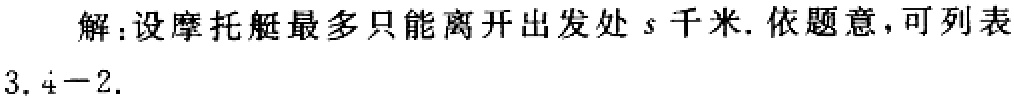
解：设摩托艇最多只能离开出发处\(s\)千米. 依题意，可列表
\(3.4 - 2.\)